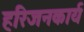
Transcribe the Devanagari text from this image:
हरिजनकार्य